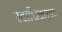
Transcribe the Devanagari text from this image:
स्वाधिकरण